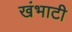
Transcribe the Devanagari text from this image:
खंभाटी